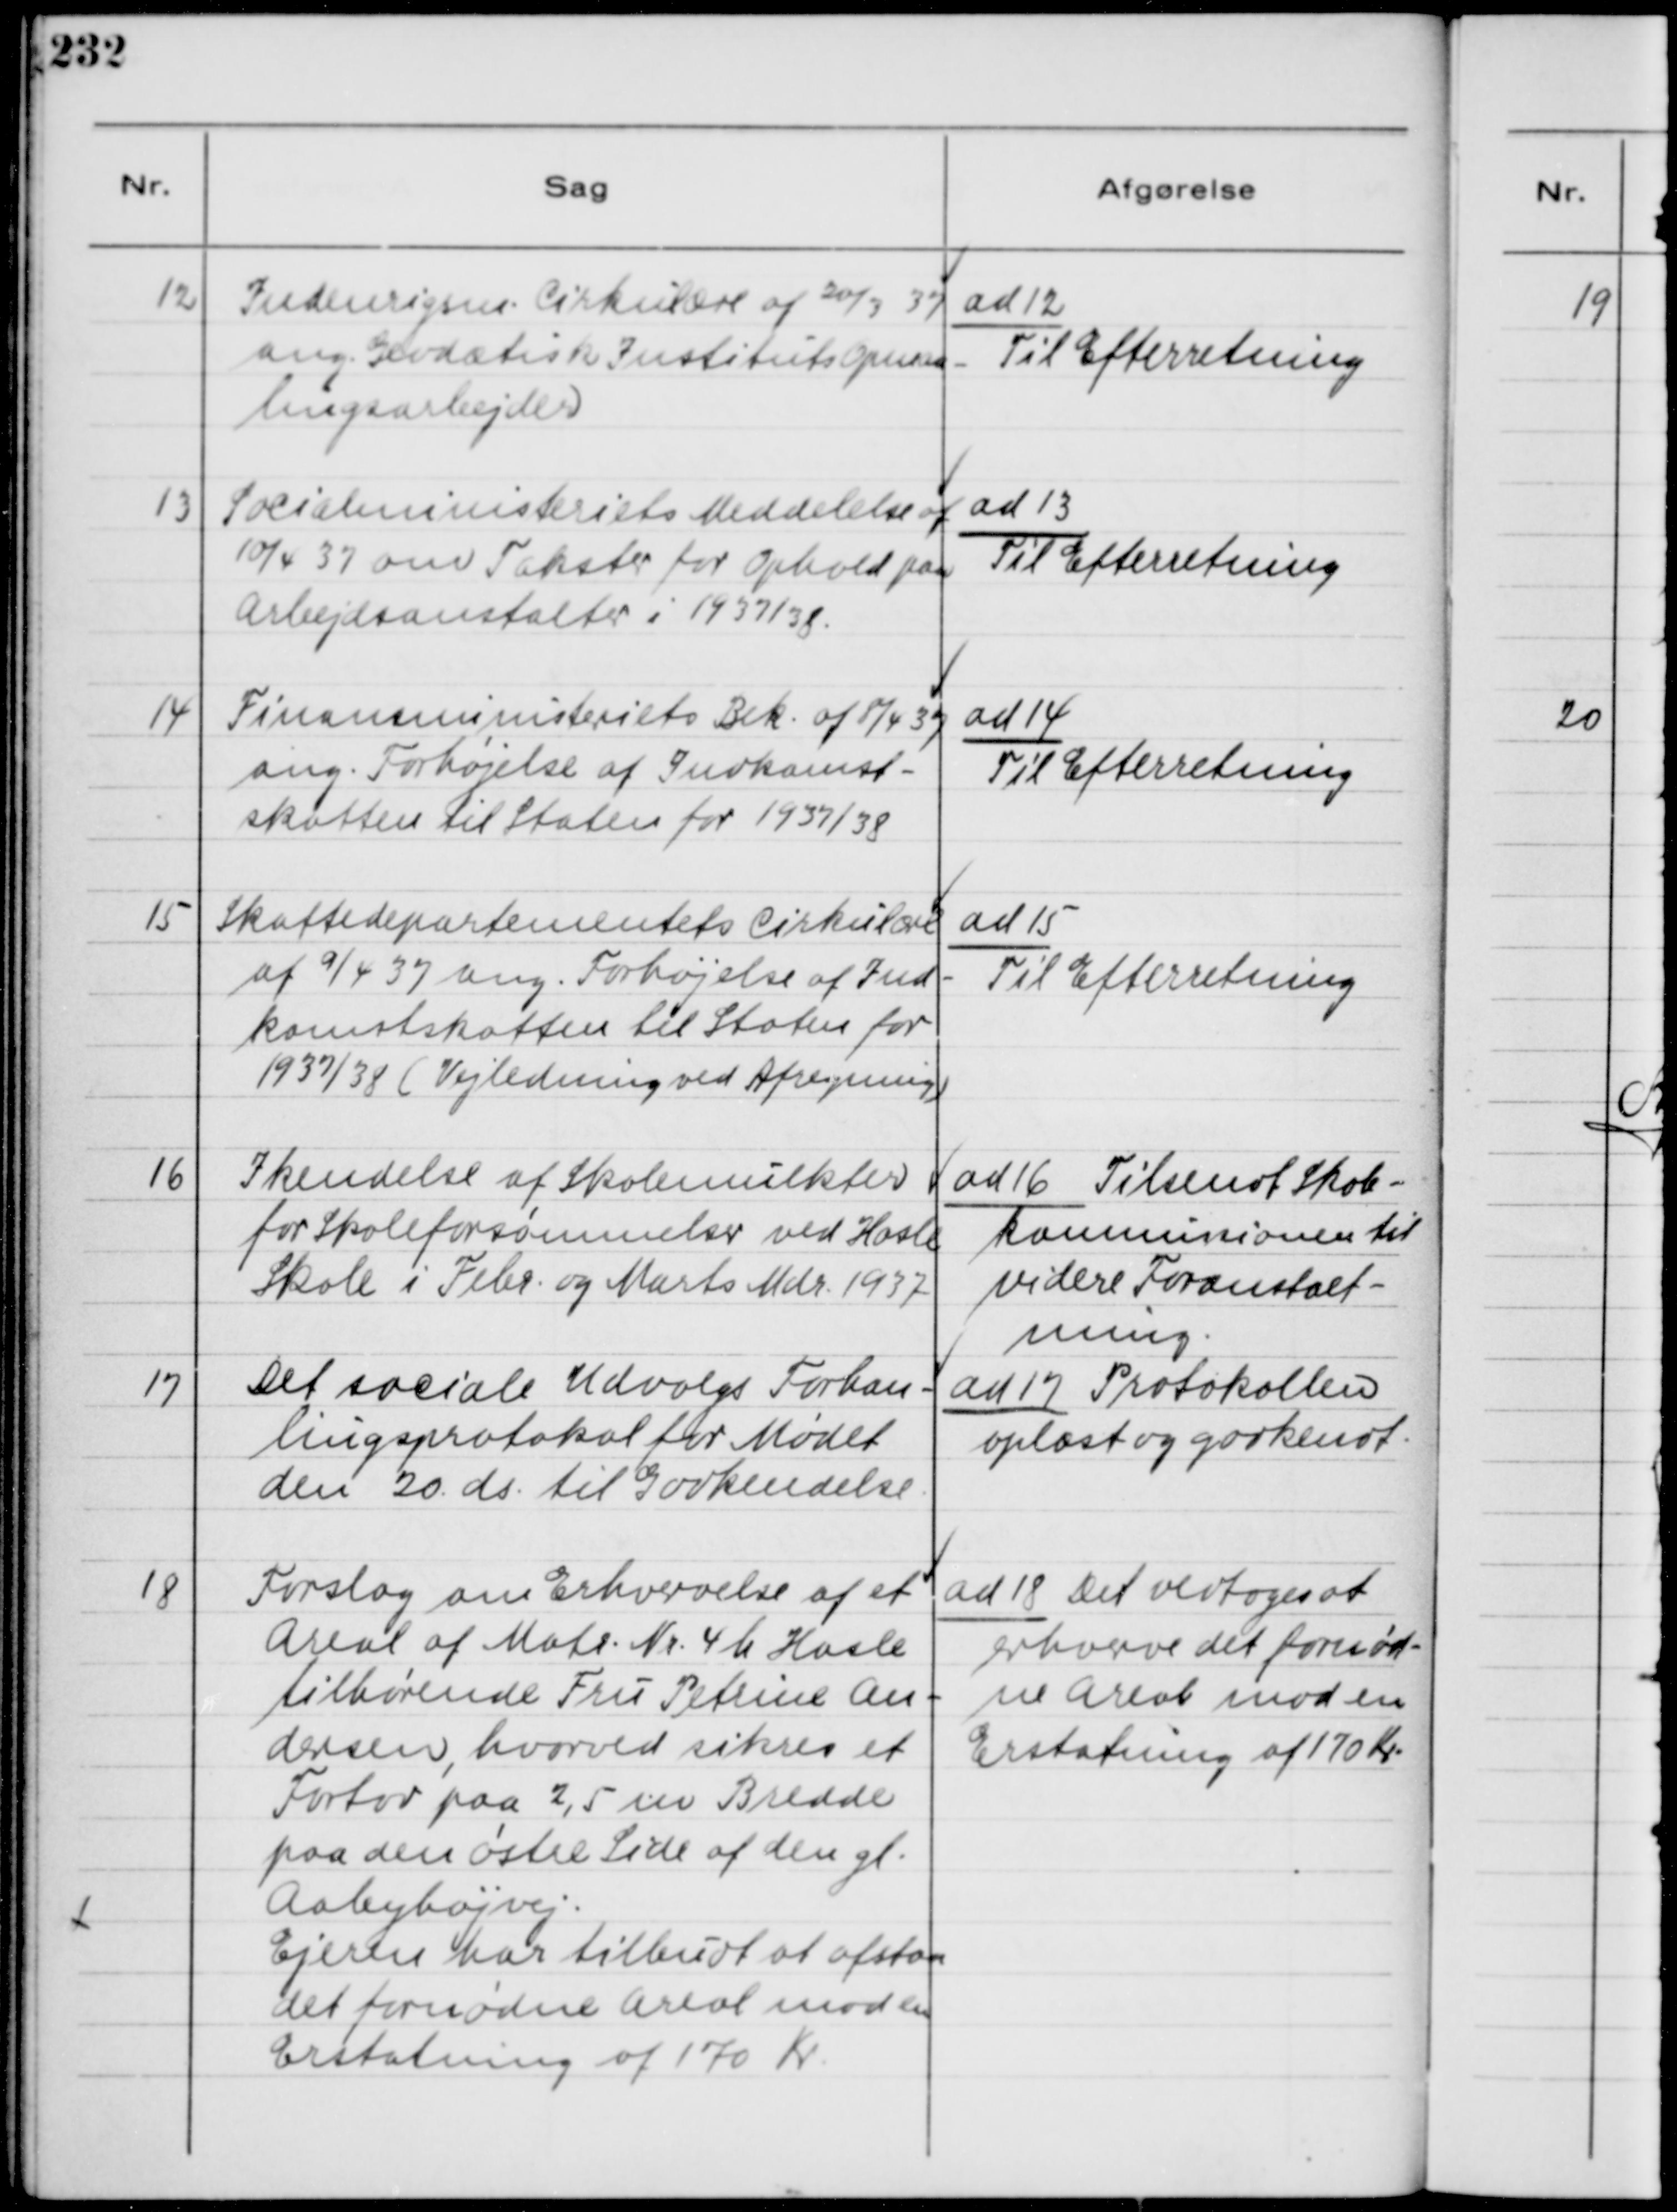
Transskription:
12
Indenrigsm. Cirkulære af 20/3 37
ang. Geodætisk Instituts Opmaa-
lingsarbejder

ad 12
Til Efterretning

13
Socialministeriets Meddelse af
10/4 37 om Takster for Ophold paa
Arbejdsanstalter i 1937/38.

ad 13
Til Efterretning

14
Finansministeriets Bek. af 8/4 37
ang. Forhøjelse af Indkomst-
skatten til Staten for 1937/38

ad 14
Til Efterretning

15
Skattedepartementets Cirkulære
af 9/4 37 ang. Forhøjelse af Ind-
komstskatten til Staten for
1937/38 ( Vejledning ved Afregning )

ad 15
Til Efterretning

16
Ikendelse af Skolenulkter
for Skoleforsømmelser ved Hasle
Skole i Febr. og Marts Mdr. 1937

ad 16 Tidsendt Skole-
kommissionen til
videre Foranstalt-
ning.

17
Det sociale Udvalgs Forhan-
lingsprotokol for Mødet
den 20. ds. til Godkendelse.

ad 17 Protokollen
oplæst og godkendt.

18
Forslag om Erhvervelse af et
Areal af Matr. Nr. 4 h Hasle
tilbørende Fru Petrine An-
dersen, hvorved sikres et
Fortov paa 2,5 m Bredde
paa den østre Side af den gl.
Aabyhøjvej.
Ejeren har tilbudt at afstaa
det fornødne Areal mod en
Erstatning af 170 Kr.

ad 18 Det vedtoges at
erhverve det fornød-
ne Areal mod en
Erstatning af 170 Kr.